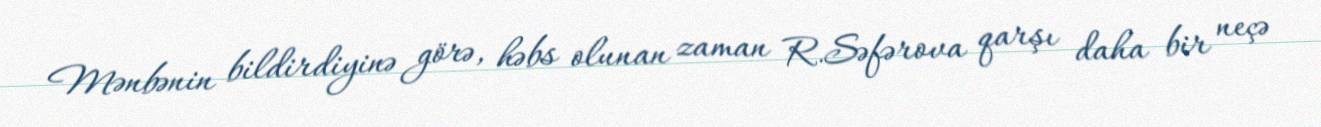
Mənbənin bildirdiyinə görə, həbs olunan zaman R.Səfərova qarşı daha bir neçə